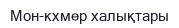
Мон-кхмер халықтары